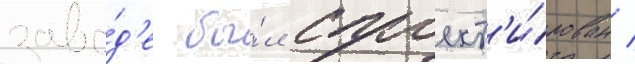
заво́д'е бы́л спроект'и́рован /